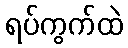
ရပ်ကွက်ထဲ